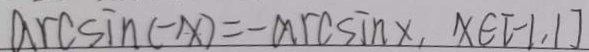
\arcsin ( - x ) = - \arcsin x , x \in [ - 1 , 1 ]